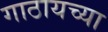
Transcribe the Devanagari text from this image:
गाठायच्या